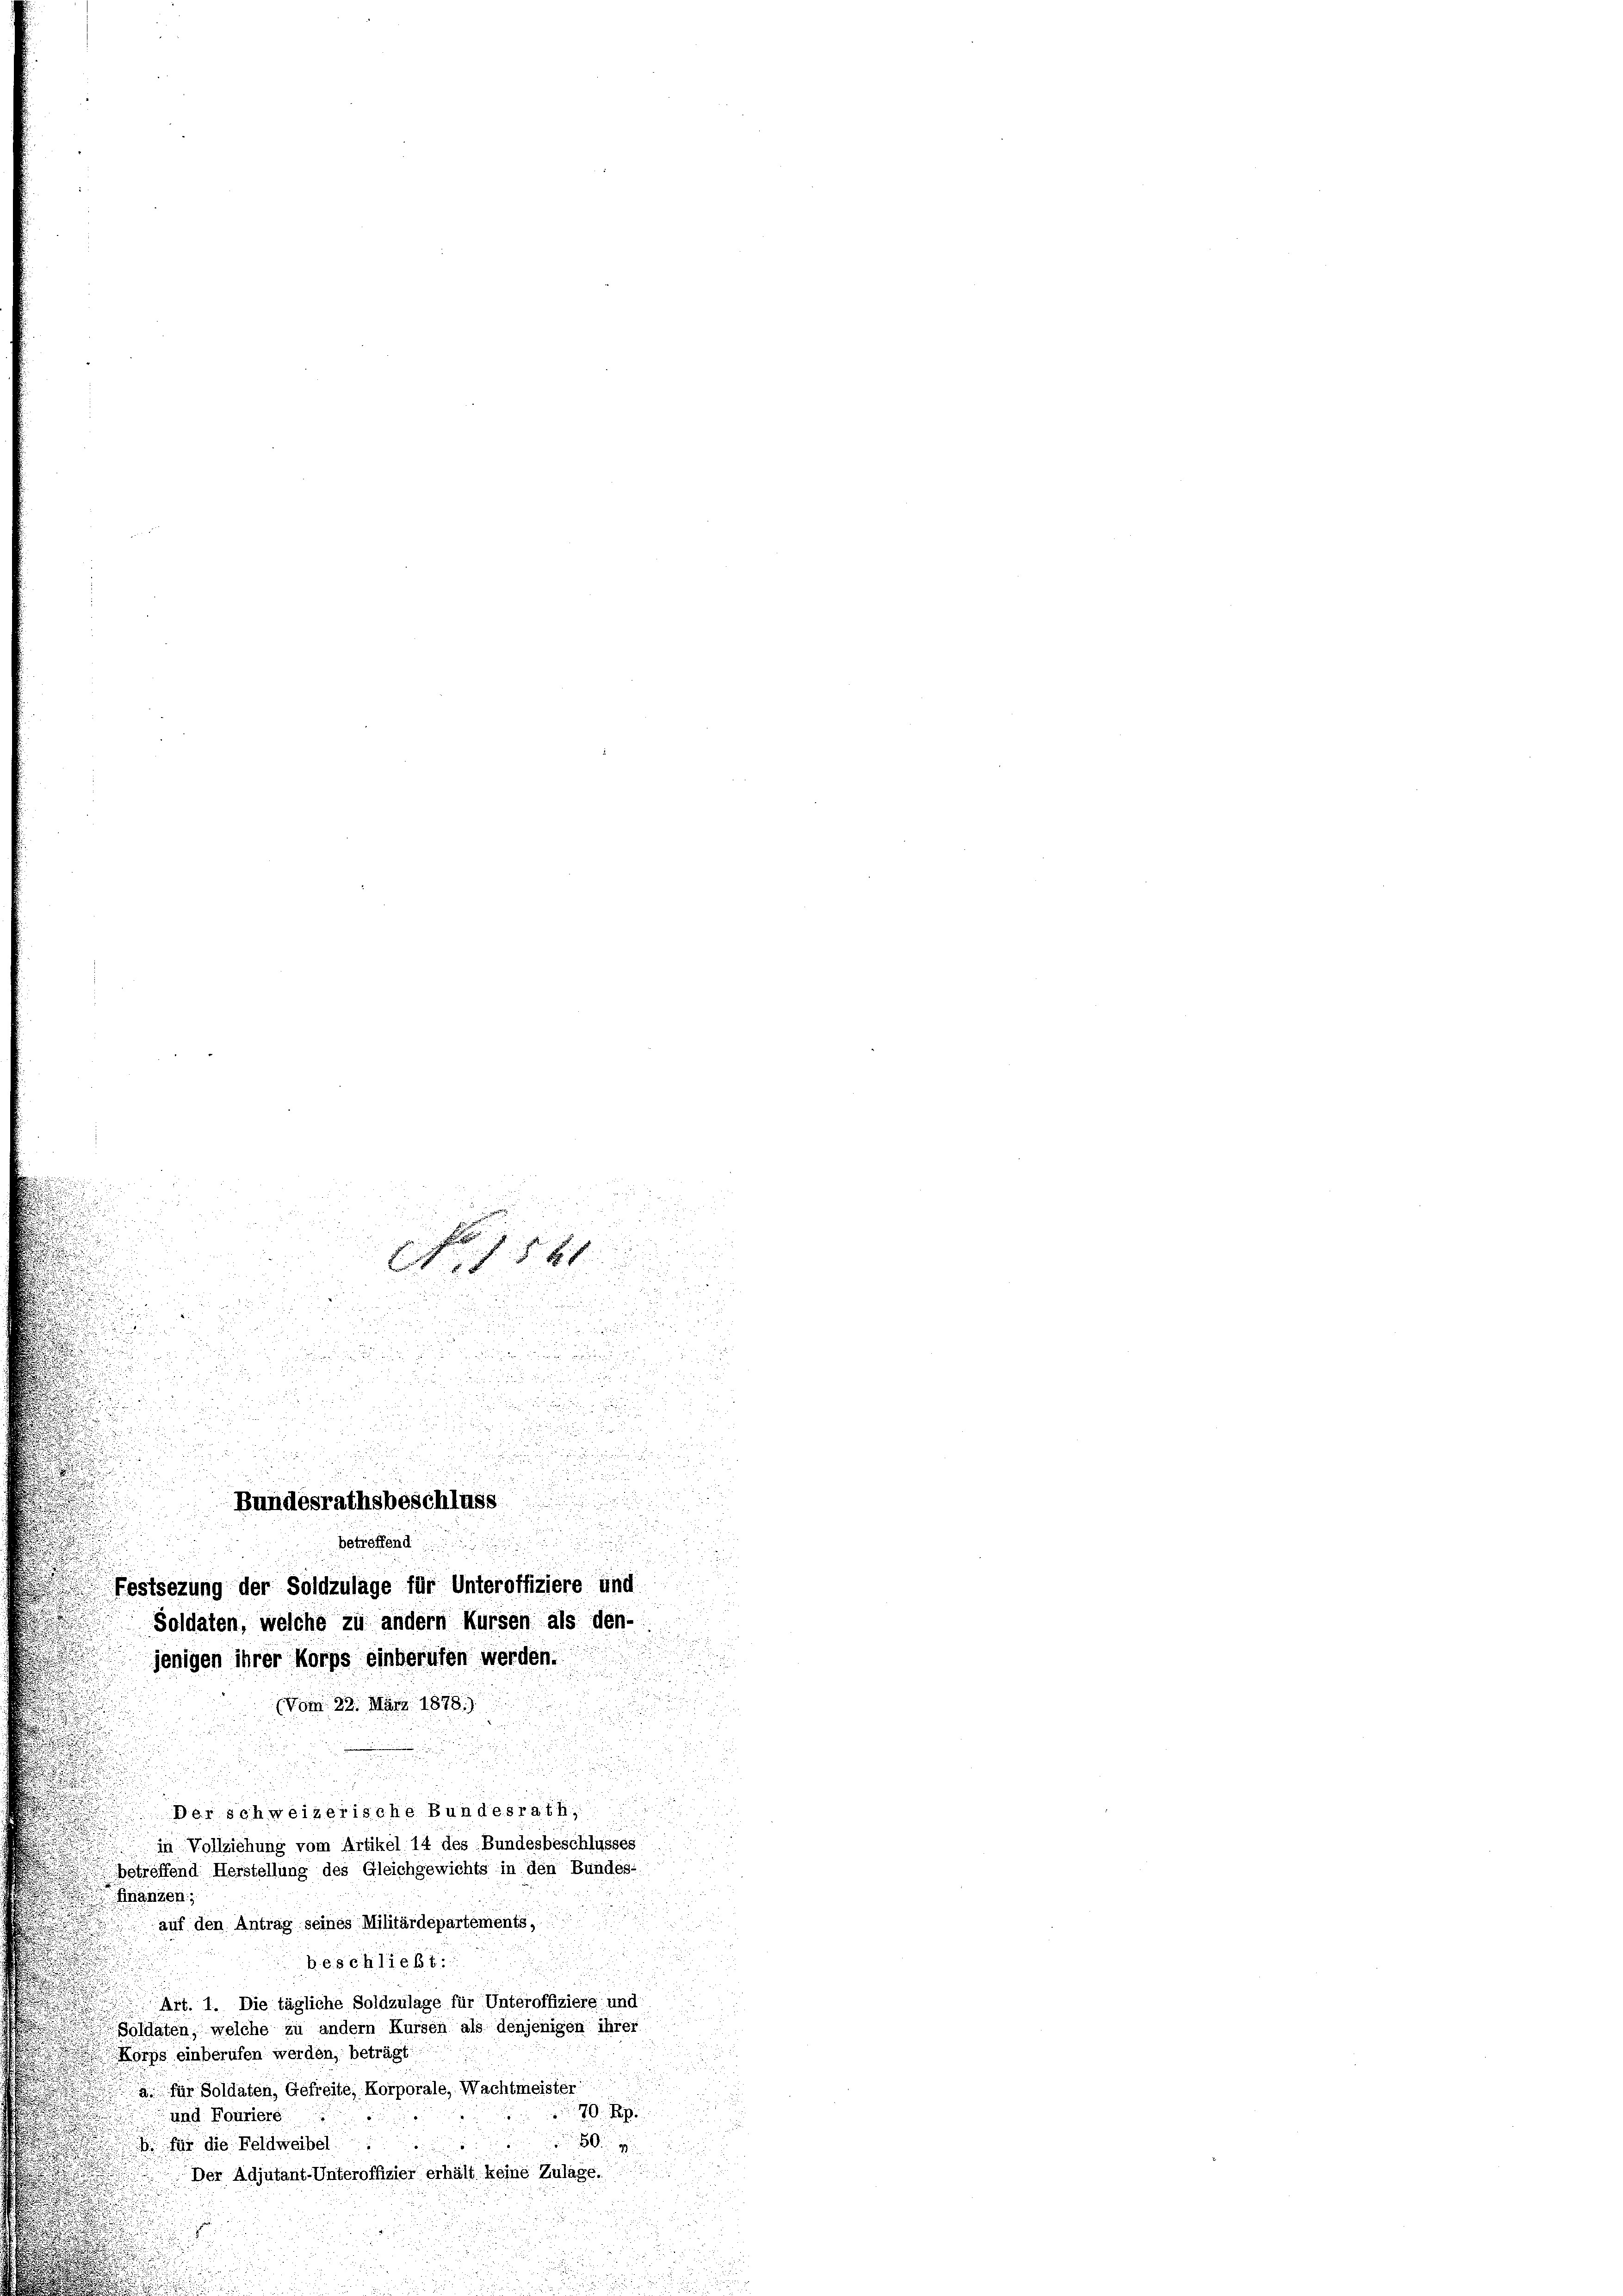
e
3
 52
8
i

.

.

u

betreffend
Festsezung der Soldzulage für Unteroffiziere und
Soldaten, welche zu andern Kursen als den-
jenigen ihrer Korps einberufen werden.
(vom 22. März 1878.)
d
Der schweizerische Bundesrath,
in Vollziehung vom Artikel 14 des Bundesbeschlusses
betreffend Herstellung des Gleichgewichts in den Bundes:
Finanzen;
auf den Antrag seines Militärdepartements,
beschließt:
Art. 1. Die tägliche Soldzulage für Unteroffiziere und
Soldaten, welche zu andern Kursen als denjenigen ihrer
Korps einberufen werden, beträgt:
a. für Soldaten, Gefreite, Korporale, Wachtmeister
70 Rp.
und Fouriere

8 für die Feldweibel
Der Adjutant-Unteroffizier erhält keine Zulage.

.

i
8 xx
n
u
.
z

.

3

u

Bundesrathsbeschluss